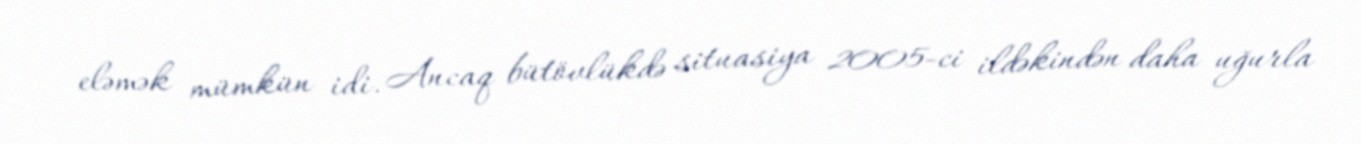
eləmək mümkün idi. Ancaq bütövlükdə situasiya 2005-ci ildəkindən daha uğurla